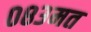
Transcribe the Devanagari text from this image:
०८३मत